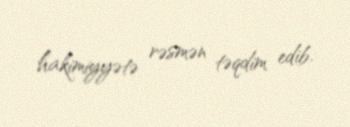
hakimiyyətə rəsmən təqdim edib.